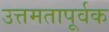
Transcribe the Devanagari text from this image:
उत्तमतापूर्वक